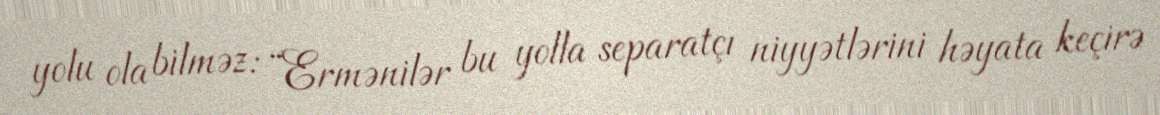
yolu ola bilməz: “Ermənilər bu yolla separatçı niyyətlərini həyata keçirə